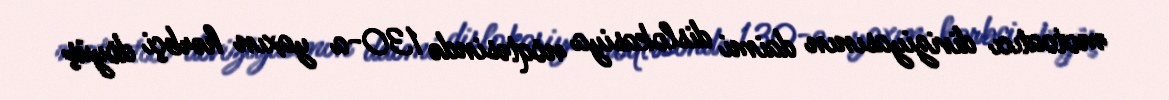
motoatıcı diviziyasının daimi dislokasiya nöqtəsində 130-a yaxın hərbçi döyüş